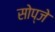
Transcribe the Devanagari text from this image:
सोप्जे